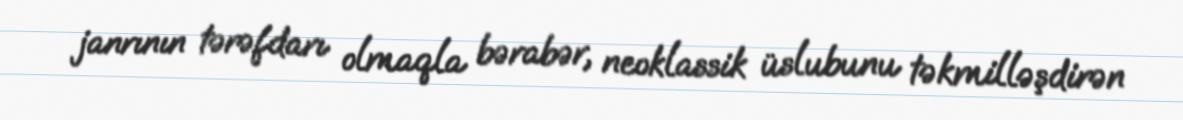
janrının tərəfdarı olmaqla bərabər, neoklassik üslubunu təkmilləşdirən